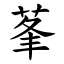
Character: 莑